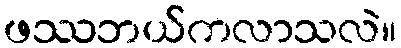
ဖဿဘယ်ကလာသလဲ။